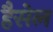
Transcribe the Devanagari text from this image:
हैसेल